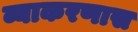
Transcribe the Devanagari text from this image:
व्याकरणास